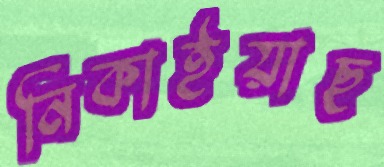
নিকাইয়াছ